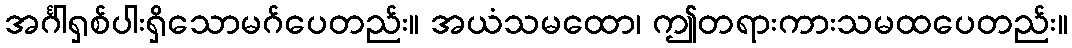
အင်္ဂါရှစ်ပါးရှိသောမဂ်ပေတည်း။ အယံသမထော၊ ဤတရားကားသမထပေတည်း။